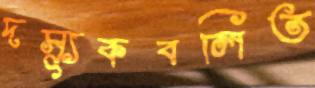
দস্যুকবলিত